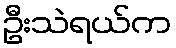
ဦးသဲရယ်က